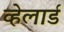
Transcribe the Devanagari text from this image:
व्हेलार्ड